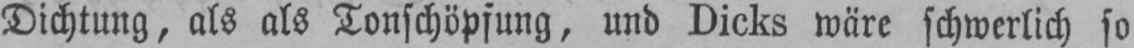
Dichtung, als als Tonschöpfung, und Dicks wäre schwerlich so